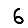
Digit: 6